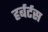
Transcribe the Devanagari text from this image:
हर्बर्टस